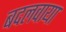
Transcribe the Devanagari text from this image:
बदलवाया